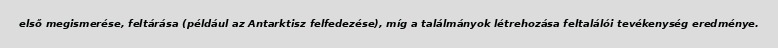
első megismerése, feltárása (például az Antarktisz felfedezése), míg a találmányok létrehozása feltalálói tevékenység eredménye.